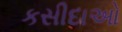
કસીદાઓ